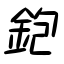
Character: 鉋